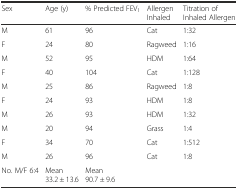
<table><thead><tr><td><b>Sex</b></td><td><b>Age (y)</b></td><td><b>% Predicted FEV<sub>1</sub></b></td><td><b>Allergen Inhaled</b></td><td><b>Titration of Inhaled Allergen</b></td></tr></thead><tbody><tr><td>M</td><td>61</td><td>96</td><td>Cat</td><td>1:32</td></tr><tr><td>F</td><td>24</td><td>80</td><td>Ragweed</td><td>1:16</td></tr><tr><td>M</td><td>52</td><td>95</td><td>HDM</td><td>1:64</td></tr><tr><td>F</td><td>40</td><td>104</td><td>Cat</td><td>1:128</td></tr><tr><td>M</td><td>25</td><td>86</td><td>Ragweed</td><td>1:8</td></tr><tr><td>F</td><td>24</td><td>93</td><td>HDM</td><td>1:8</td></tr><tr><td>M</td><td>26</td><td>93</td><td>HDM</td><td>1:32</td></tr><tr><td>M</td><td>20</td><td>94</td><td>Grass</td><td>1:4</td></tr><tr><td>F</td><td>34</td><td>70</td><td>Cat</td><td>1:512</td></tr><tr><td>M</td><td>26</td><td>96</td><td>Cat</td><td>1:8</td></tr><tr><td>No. M/F 6:4</td><td>Mean 33.2 ± 13.6</td><td>Mean 90.7 ± 9.6</td><td></td><td></td></tr></tbody></table>